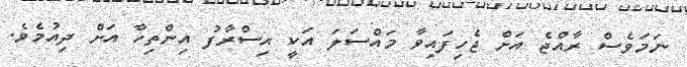
ނަމަވެސް ރާއްޖެ އަށް ޖެހިފައިވާ މައްސަލަ އަކީ އިސްރާފު އިންތިހާ އަށް ދިއުމެވެ.